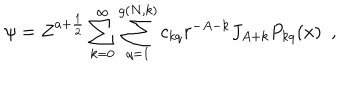
\psi = Z ^ { a + \frac { 1 } { 2 } } \sum _ { k = 0 } ^ { \infty } \sum _ { q = 1 } ^ { g ( N , k ) } c _ { k q } r ^ { - A - k } J _ { A + k } P _ { k q } ( x ) \, \, \, ,